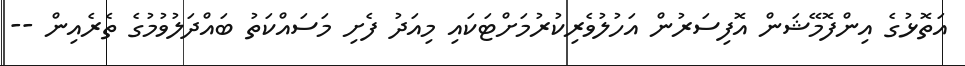
އަތޮޅުގެ އިންފޮމޭޝަން އޮފިސަރުން އަހުލުވެރިކުރުމަށްޓަކައި މިއަދު ފެށި މަސައްކަތު ބައްދަލުވުމުގެ ތެރެއިން --